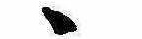
ゝ